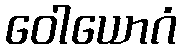
ဝေါယောဂံ